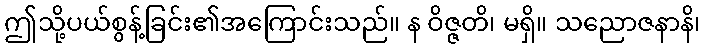
ဤသို့ပယ်စွန့်ခြင်း၏အကြောင်းသည်။ န ဝိဇ္ဇတိ၊ မရှိ။ သညောဇနာနိ၊